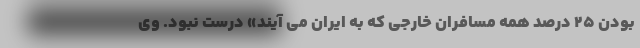
بودن ۲۵ درصد همه مسافران خارجی که به ایران می آیند» درست نبود. وی